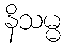
နိသမ္မ